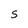
Character: s